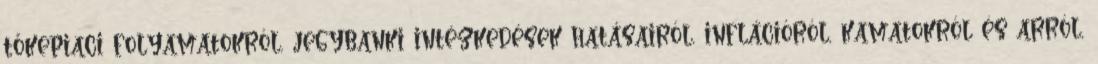
tőkepiaci folyamatokról, jegybanki intézkedések hatásairól, inflációról, kamatokról és arról,